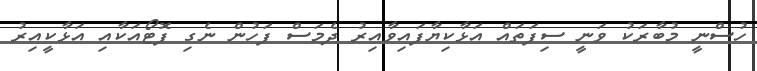
ހުސްނީ މުބާރަކު ވަނީ ސިފަތައް އަޅާކިޔާފައިވާއިރު ދެމަސް ފަހުން ނެގި ފޮޓޯއަކާއި އަޅާކީއިރު